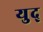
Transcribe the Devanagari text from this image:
युद्